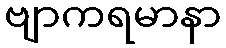
ဗျာကရမာနာ